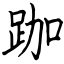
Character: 跏